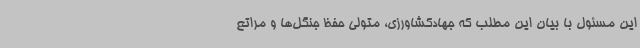
این مسئول با بیان این مطلب که جهادکشاورزی، متولی حفظ جنگل‌ها و مراتع